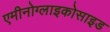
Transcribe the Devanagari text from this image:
एमीनोग्लाइकोसाइड